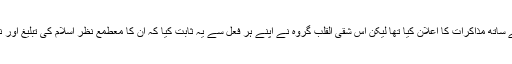
موجودہ حکومت نے اقتدار سنبھالنے کے بعد طالبان کے ساتھ مذاکرات کا اعلان کیا تھا لیکن اس شقی القلب گروہ نے اپنے ہر فعل سے یہ ثابت کیا کہ ان کا معطمعِ نظر اسلام کی تبلیغ اور نفاذ شریعت نہیں بلکہ پاکستان کو معاذ اللہ ختم کرنا ہے۔